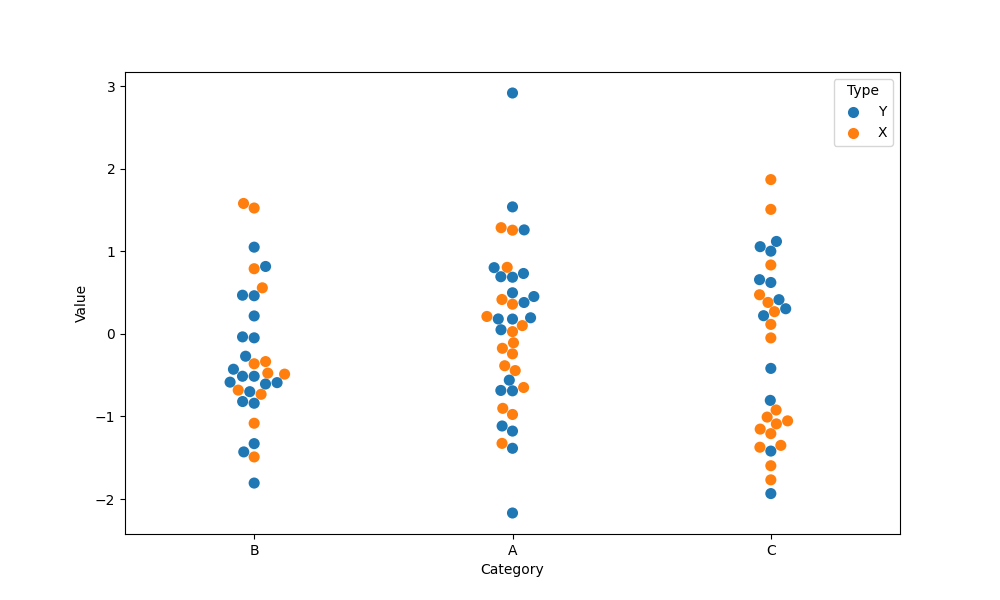
python, seaborn, swarmplot, dodge=False, alpha=1.0, size=8